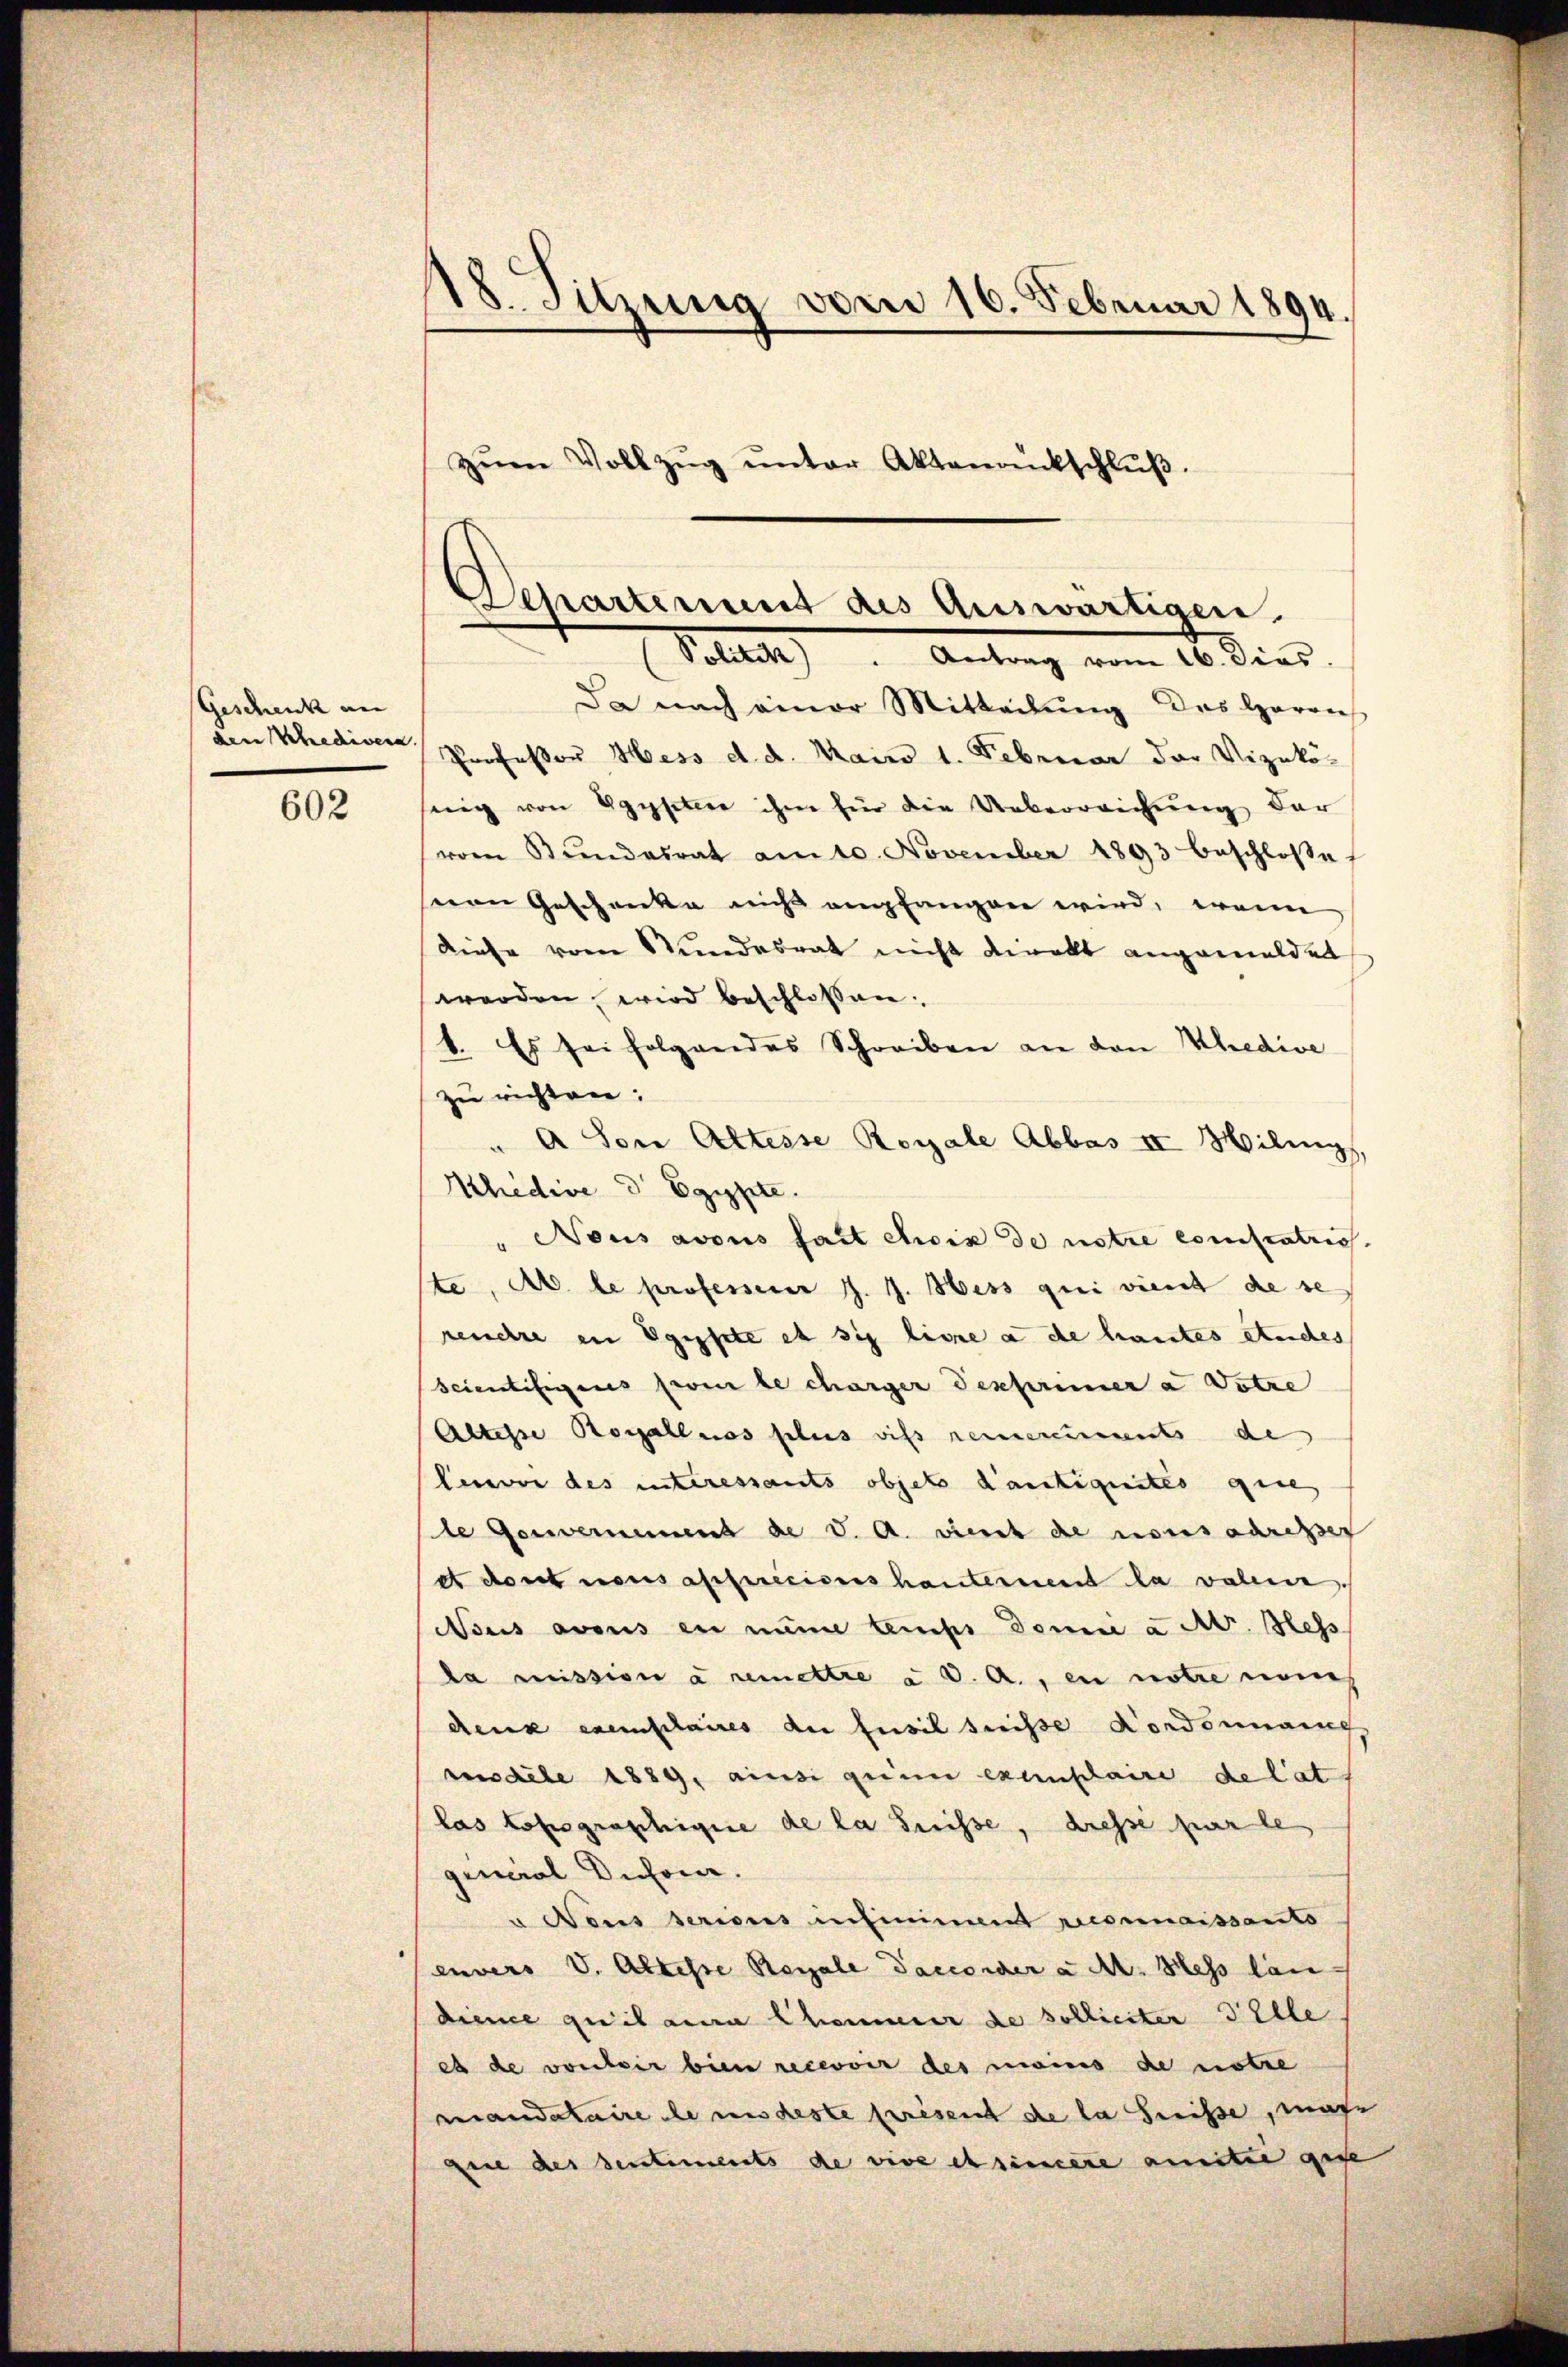
Geschenk an |

602

18. Sitzung vom 16. Februar 1894.
zŭm Vollzŭg ŭnter Aktenrückschlŭβ.

Da nach einer Mitteilŭng des Herrn
ain Schediger, Professor Hess d. d. Mair 1. Februar der Vizekosung von Egysetere ihm für die Ueberreichung der
vom Bŭndesrat am 10. November 1893 beschloße
von Geschenke nicht empfangen wird, wenn
Diese vom Stundesrat nicht direkt angemeldet
werden wird beschlossen:
1. Es sei folgendes Schreiben an den Kredive
zu richten:
" A Von Attesse Royale Abbas II Miling,
Ahidice d Egypte.
" Nous avous fait eis de notre conscatriss.
ste, Ab. le professorer J. J. Hess qui vient de se
remehre in Egypsete et sie lisse a de hautes Stuches
Scientifigens sein le charger Texprimer a Dotze
Altisse Rosallnos plus wiss remerciments de
Einovi des interessants objet d’antiquites genes
te Genvernement de v. a. viert de nous adresser
e dort nous afficiers hauternent la value.
Nous avouis en name temps domie u. A. Hess
da mission à remettre ad. A., en notre nom
Reuk exemplaires der Füsil suisse Nordonnang
msdele 1889, ainsi gerin exemplaire de lat
las topographige de la Suisse, dresse par le
qencial Diesen.
u Nous sericus infiniment reconnaissanto
envers V. Alteste Regale Daccorder a M. Hess lan
dience quil aura Chammer de solliciter Telle
es de vorber bien recevoir des moins de notre
mandataire le andeste présent de la Suisse, mag
zeit des Sentiments de vive et sindere amitee gese

Departement des Auswärtigen.
Politik. Antrag vom 16. dies.